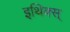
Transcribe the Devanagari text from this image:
इथिक्स्